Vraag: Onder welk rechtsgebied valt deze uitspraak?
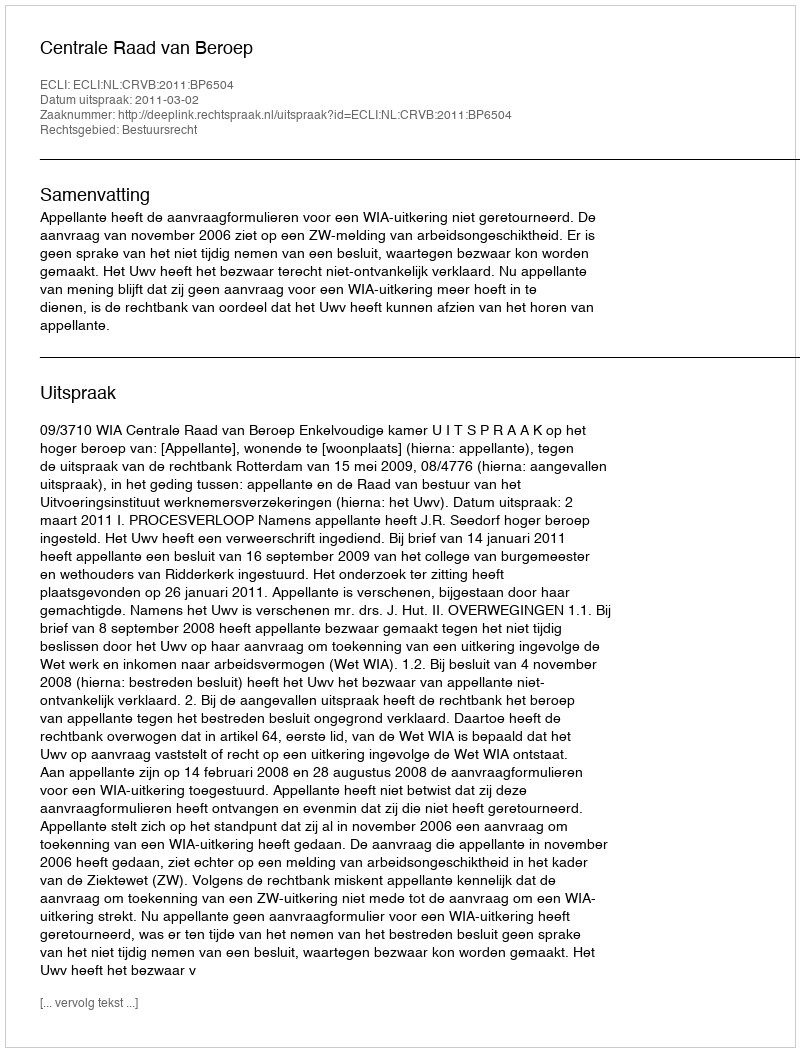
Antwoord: Bestuursrecht